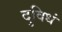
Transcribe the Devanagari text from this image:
दुविधं